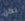
لكن